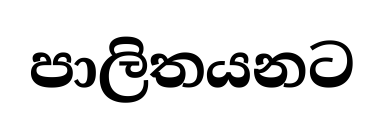
පාලිතයනට